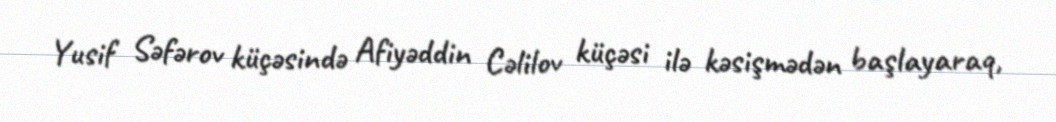
Yusif Səfərov küçəsində Afiyəddin Cəlilov küçəsi ilə kəsişmədən başlayaraq,